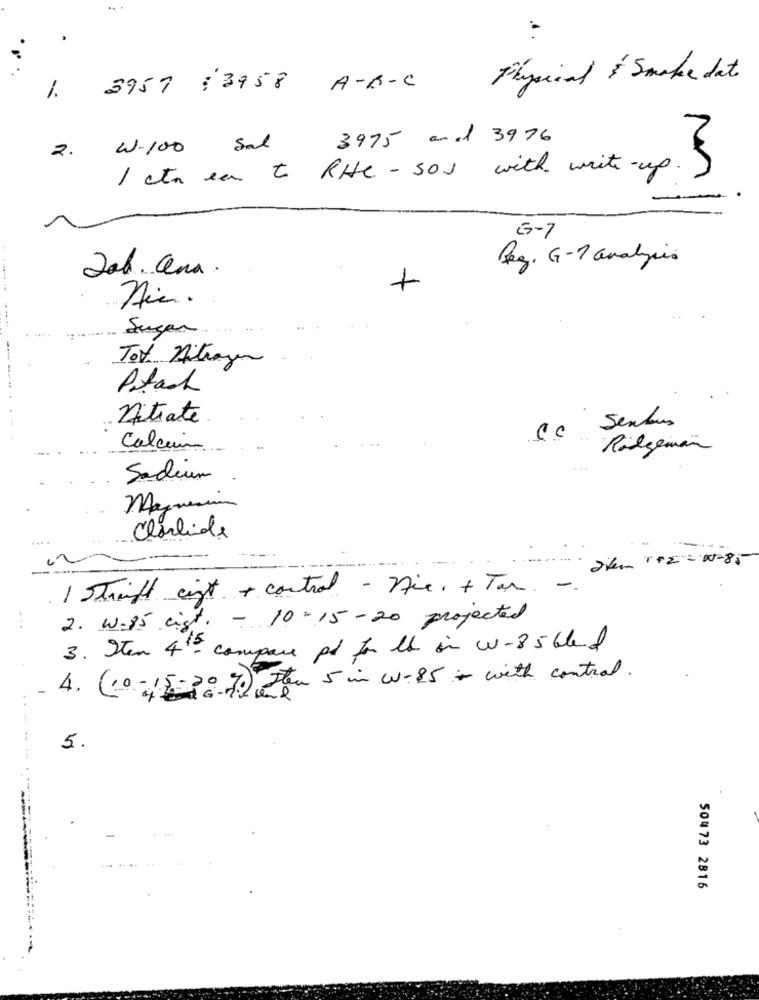
3957 :3958 A-B-C Physical & Smake dat
1.
3975 and 3976
W.100 Sal
2.
1 cta ea to RHC - 501 with write-up.
M
G-7
Reg. G-1 analysis
Job. Cena.
Aic.
Sugar
Tot Atragen
Ptach
nitrate
Sentus
CC
Calcium
Rodgerman
Sodium
May
Charlie
divem 1+2- 1-85
1 Strengt cift + control - Die. + Tan -
2. w.85 cist. - 10-15-20 projected
3. Item 4 th compare pd for th in w-85 blend
4. (10-15-30 %) Few 5 in w-85 + with control.
5.
------
50473 2816